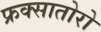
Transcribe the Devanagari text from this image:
फ्रक्सातोरो